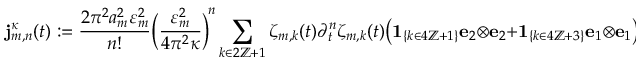
\mathbf { j } _ { m , n } ^ { \kappa } ( t ) : = \frac { 2 \pi ^ { 2 } a _ { m } ^ { 2 } \varepsilon _ { m } ^ { 2 } } { n ! } \biggl ( \frac { \varepsilon _ { m } ^ { 2 } } { 4 \pi ^ { 2 } \kappa } \biggr ) ^ { \! n } \sum _ { k \in 2 \ensuremath { \mathbb { Z } } + 1 } \zeta _ { m , k } ( t ) \partial _ { t } ^ { n } \zeta _ { m , k } ( t ) \bigl ( { \mathbf { 1 } } _ { \{ k \in 4 \ensuremath { \mathbb { Z } } + 1 \} } { \mathbf { e } } _ { 2 } \otimes { \mathbf { e } } _ { 2 } + { \mathbf { 1 } } _ { \{ k \in 4 \ensuremath { \mathbb { Z } } + 3 \} } { \mathbf { e } } _ { 1 } \otimes { \mathbf { e } } _ { 1 } \bigr )